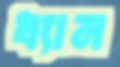
ধ্যান